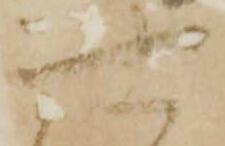
可